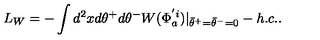
L _ { W } = - \int d ^ { 2 } x d \theta ^ { + } d \theta ^ { - } W ( \Phi _ { a } ^ { ' i } ) | _ { { \bar { \theta } } ^ { + } = { \bar { \theta } } ^ { - } = 0 } - h . c . .